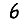
Digit: 6